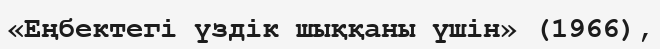
«Еңбектегі үздік шыққаны үшін» (1966),